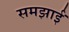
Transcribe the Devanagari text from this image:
समझाईं